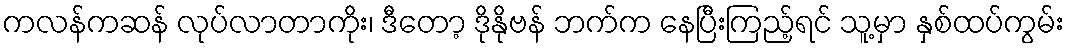
ကလန်ကဆန် လုပ်လာတာကိုး၊ ဒီတော့ ဒိုနိုဗန် ဘက်က နေပြီးကြည့်ရင် သူ့မှာ နှစ်ထပ်ကွမ်း